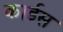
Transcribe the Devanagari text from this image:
कार्डस